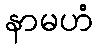
နာမဟံ